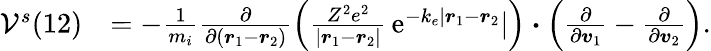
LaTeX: \begin{array}{rl}{\mathcal{V}^{s}(12)}&{=-\frac{1}{m_{i}}\frac{\partial}{\partial(\boldsymbol{r}_{1}-\boldsymbol{r}_{2})}\left(\frac{Z^{2}e^{2}}{|\boldsymbol{r}_{1}-\boldsymbol{r}_{2}|}\, \mathrm{e}^{-k_{e}|\boldsymbol{r}_{1}-\boldsymbol{r}_{2}}|\right)\boldsymbol{\cdot}\left(\frac{\partial}{\partial\boldsymbol{v}_{1}}-\frac{\partial}{\partial\boldsymbol{v}_{2}}\right).}\end{array}